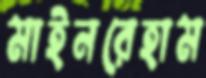
মাইনরেহাম